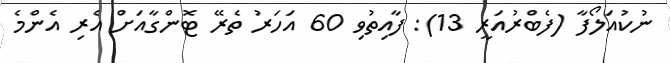
ނުކުއަލޯފާ (ފެބްރުއަރީ 13): ފާއިތުވި 60 އަހަރު ތެރޭ ޓޮންގާއަށް އެރި އެންމެ